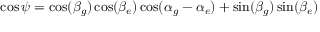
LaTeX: \cos \psi = \cos ( \beta _ { g } ) \cos ( \beta _ { e } ) \cos ( \alpha _ { g } - \alpha _ { e } ) + \sin ( \beta _ { g } ) \sin ( \beta _ { e } )